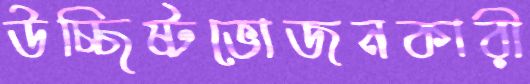
উচ্ছিষ্টভোজনকারী